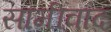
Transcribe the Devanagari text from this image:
सामीवाद